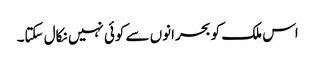
اس ملک کو بحرانوں سے کوئی نہیں نکال سکتا۔